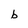
Character: b